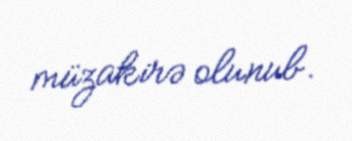
müzakirə olunub.